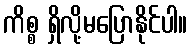
ကိစ္စ ရှိလို့မပြောနိုင်ပါ။